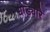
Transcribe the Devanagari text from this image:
धोड्यारे